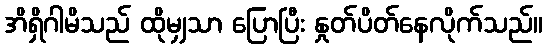
အိရှိဂါမိသည် ထိုမျှသာ ပြောပြီး နှုတ်ပိတ်နေလိုက်သည်။